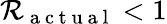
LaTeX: \mathcal{R}_{\mathrm{{~a~c~t~u~a~l~}}}<1